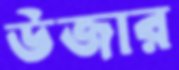
উজার